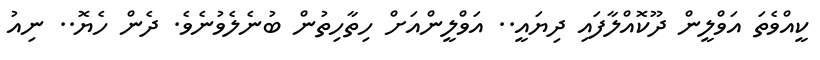
ކީއްވެތަ އަވްލީން ދޫކޮއްލާފައި ދިޔައީ.. އަވްލީންއަށް ހިތާހިތުން ބުނެލެވުނެވެ. ދެން ހެޔޮ.. ނިއު